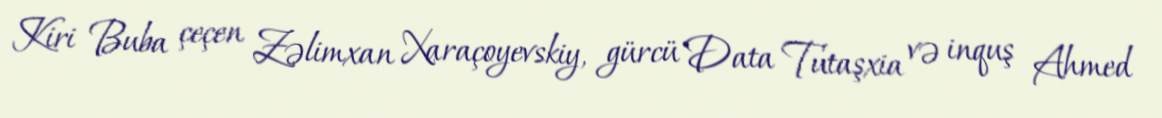
Kiri Buba çeçen Zəlimxan Xaraçoyevskiy, gürcü Data Tutaşxia və inquş Ahmed